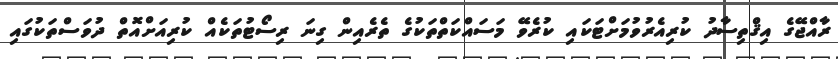
ރާއްޖޭގެ އިޤްތިސާދު ކުރިއެރުވުމަށްޓަކައި ކުރެވޭ މަސައްކަތްތަކުގެ ތެރެއިން ގިނަ ރިސޯޓުތަކެއް ކުރިއަށްއޮތް ދުވަސްތަކުގައި